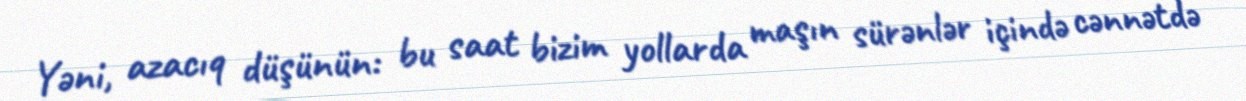
Yəni, azacıq düşünün: bu saat bizim yollarda maşın sürənlər içində cənnətdə